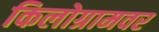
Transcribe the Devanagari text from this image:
किलोग्रामवर